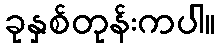
ခုနှစ်တုန်းကပါ။